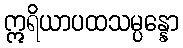
ဣရိယာပထသမ္ပန္နော